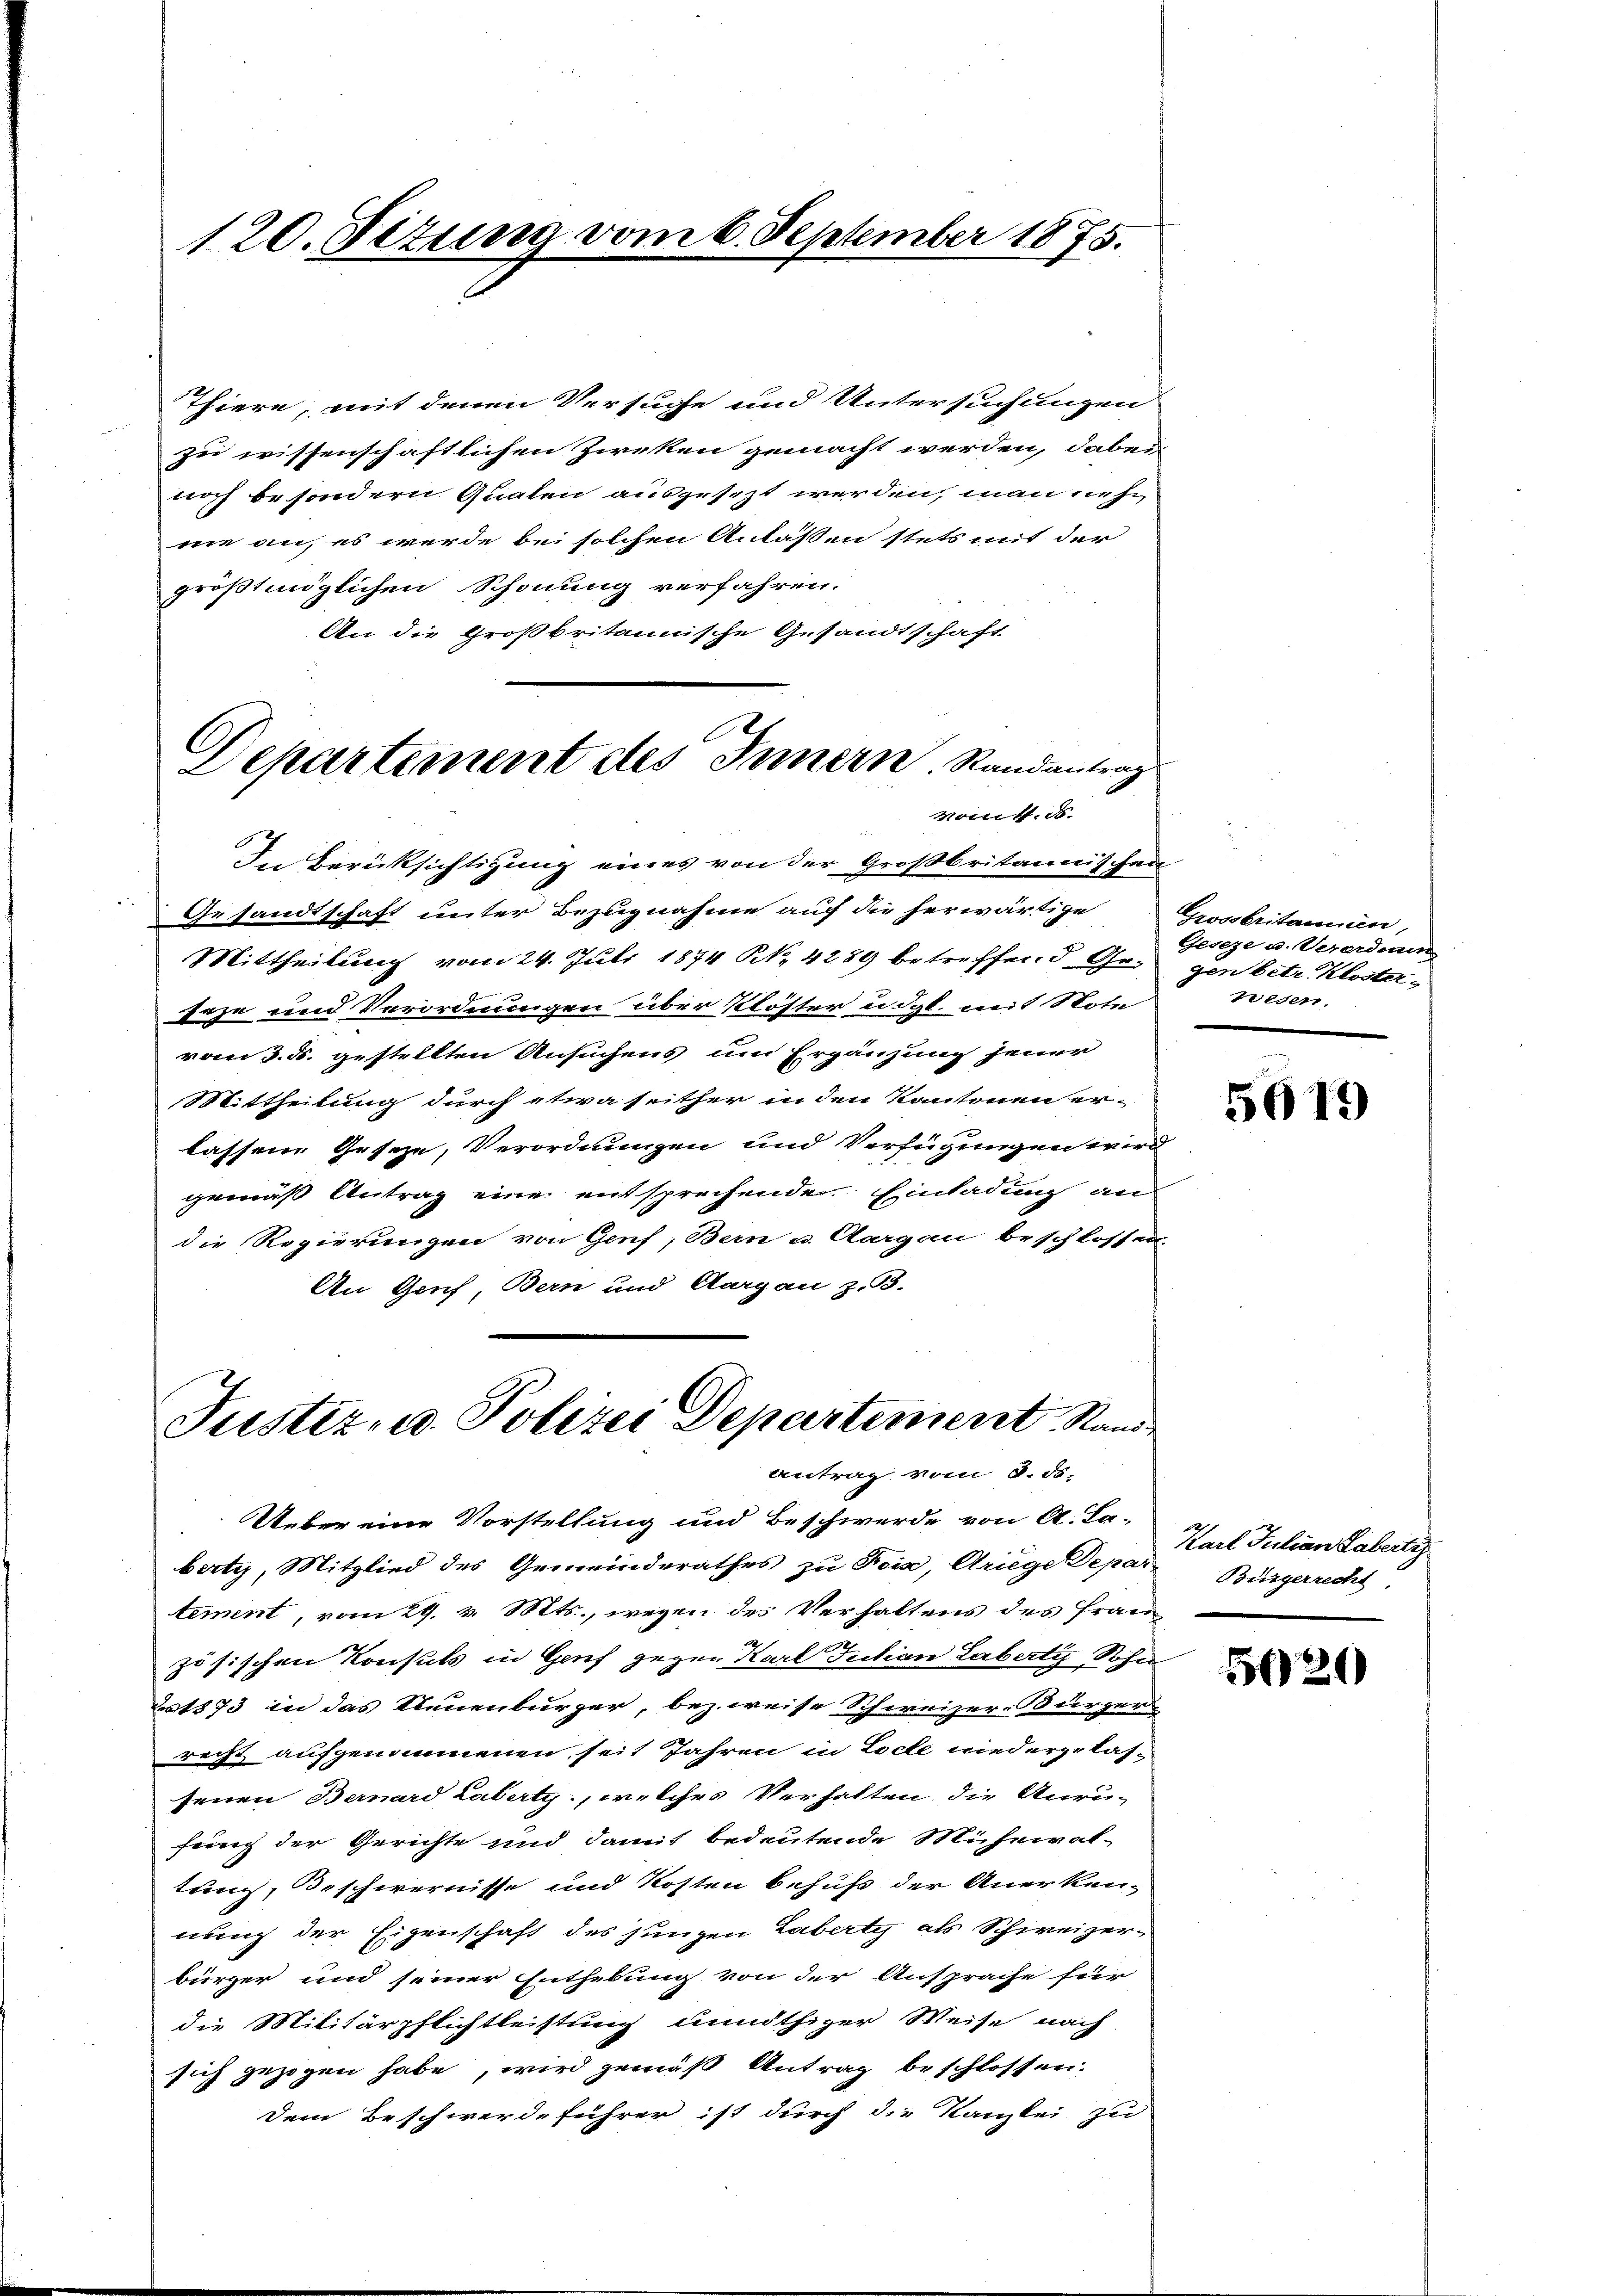
120. Fetung vom 6. September 1875.

Thiere, mit denen Versuche und Untersuchungen
zu wissenschaftlichen Zieken gemacht werden, dabei
noch besondern Qualen ausgesezt werden, man nehne an, es werde bei solchen Anlassen stets mit der
größtmöglichen Schonung verfahren.
An die Großbritannische Gesandtschaft
In Berücksichtigung eines von der Großbritannischen
Gesandtschaft unter Bezugnahme auf die herwärtige
Mittheilung vom 24. Juli 1874 N. 4289 betreffend Ge¬
Irze und Verordnungen über Klöster u. dgl. mit Note
vom 3. d. gestellten Ansuchens um Ergänzung jener
Mittheilung durch etwa seither in den Kantonen er-
lassene Geseze, Verordnungen und Verfügungen wird
gemäß Antrag eine entsprechende Einladung an
die Regierungen von Genf, Bern u. Aargau beschlossen
An Genf, Bern und Aargau z.B.

6
Departement des Innern Randantrag
Nonf. d.

Justiz- u. Polizei Departement Stande
Antrag vom 8. ds.

Ueber eine Vorstellung und Beschwerde von A. La-
berti, Mitglied des Gemeinderathes zu Fois, Ariege Depar
tement, vom 29. v. Mts., wegen des Verhaltens des Fran
zösischen Konsuls in Genf gegen Karl Julian Laberti, Sohns
Eo 1873 in das Neuenburger, bezweise Schweizer-Burzer
recht aufgenommenen seit Jahren in Loche niedergelas-
jenen Bernard Laberty, welches Verhalten, die Anru-
fung der Gerichte und damit bedeutende Mühewal-
tung, Beschirernisse und Kosten behuf der Anerkennung der Eigenschaft des jungen Laberty als Schweizerbürger und seiner Enthebung von der Ansprache für
die Militärpflichtleistung unnöthiger Weise nach
sich gezogen habe, wird gemäß Antrag beschlossen.
Dem Beschwerdeführer ist durch die Kanzlei zu

Grossbritanien
Geseze u. Verordnun
gen betr. Kloster-
Frieden

5619

Karl Julian Laberli
Bürgerrecht

5020